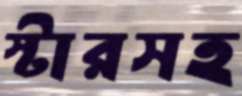
স্টারসহ